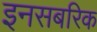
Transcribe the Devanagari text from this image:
इनसबरिक